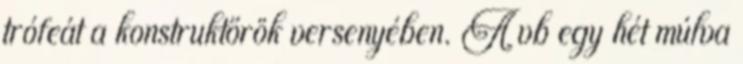
trófeát a konstruktőrök versenyében. A vb egy hét múlva